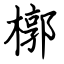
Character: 槨